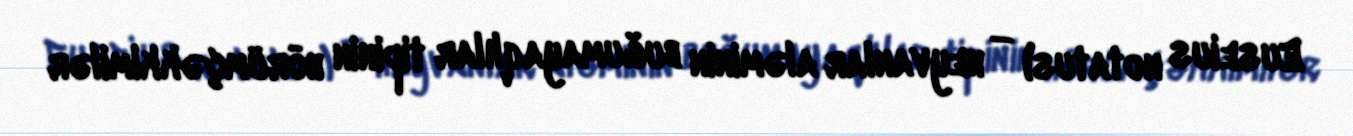
Euseius notatus) — heyvanlar aləminin buğumayaqlılar tipinin hörümçəkkimilər